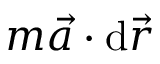
m \vec { a } \cdot \mathrm { d } \vec { r }